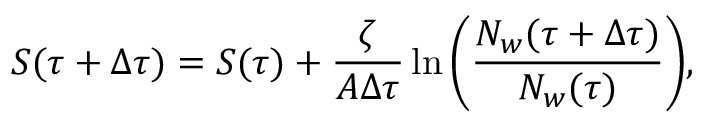
S ( \tau + \Delta \tau ) = S ( \tau ) + \frac { \zeta } { A \Delta \tau } \ln { \left( \frac { N _ { w } ( \tau + \Delta \tau ) } { N _ { w } ( \tau ) } \right) } ,